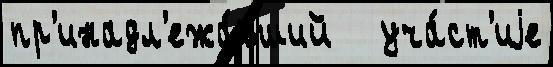
пр'инадл'ежа́вший   уча́ст'иjе